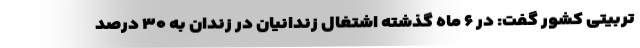
تربیتی کشور گفت: در ۶ ماه گذشته اشتغال زندانیان در زندان به ۳۰ درصد